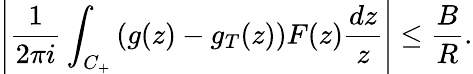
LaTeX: \left|{\frac{1}{2\pi i}}\int_{C_{+}}\left(g(z)-g_{T}(z)\right)F(z){\frac{dz}{z}}\right|\leq{\frac{B}{R}}.